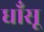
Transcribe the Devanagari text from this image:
धाँसू